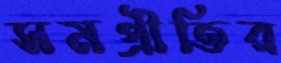
সমপ্রীতির